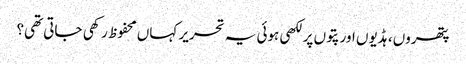
پتھروں، ہڈیوں اور پتوں پر لکھی ہوئی یہ تحریر کہاں محفوظ رکھی جاتی تھی؟